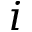
i